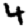
Digit: 4